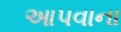
આપવાના